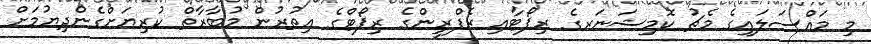
މި މައްސަލައިގެ މެޗު ކޮމިޝަނަރގެ ރިޕޯޓާއި ރެފްރީންގެ ރިޕޯޓްގެ އިތުރުން މުބާރާތް ކުރިޔަށްގެންދިޔުމަށް